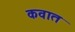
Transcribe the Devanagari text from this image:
कवात